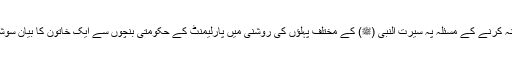
پچھلے دنوں اسرائیل کو تسلیم کرنے یا نہ کرنے کے مسئلہ پہ سیرت النبی (ﷺ) کے مختلف پہلؤں کی روشنی میں پارلیمنٹ کے حکومتی بنچوں سے ایک خاتون کا بیان سوشل میڈیا پہ چلتا رہا [3]-عزیزانِ گرامی!